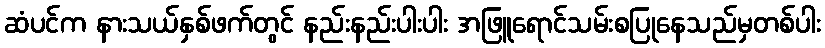
ဆံပင်က နားသယ်နှစ်ဖက်တွင် နည်းနည်းပါးပါး အဖြူရောင်သမ်းစပြုနေသည်မှတစ်ပါး